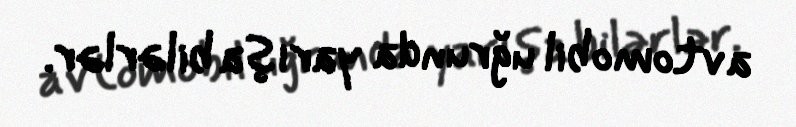
avtomobil uğrunda yarışa bilərlər.